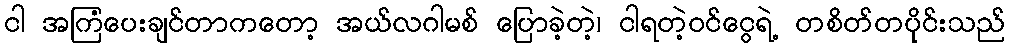
ငါ အကြံပေးချင်တာကတော့ အယ်လဂါမစ် ပြောခဲ့တဲ့၊ ငါရတဲ့ဝင်ငွေရဲ့ တစိတ်တပိုင်းသည်